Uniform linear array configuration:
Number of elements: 16
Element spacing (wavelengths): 0.75
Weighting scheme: hamming
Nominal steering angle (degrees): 15
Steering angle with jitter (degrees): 15.286
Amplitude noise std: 0.05
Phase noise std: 0.05

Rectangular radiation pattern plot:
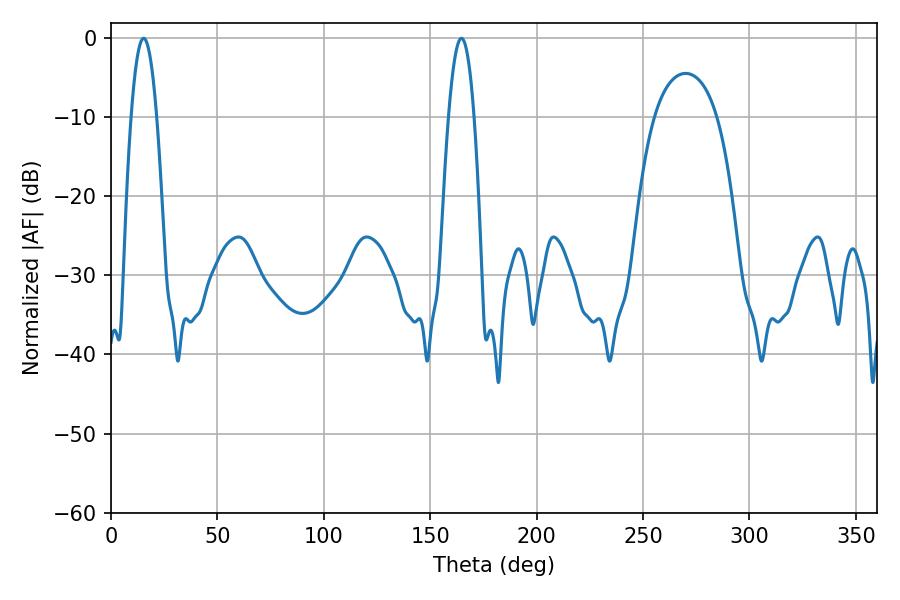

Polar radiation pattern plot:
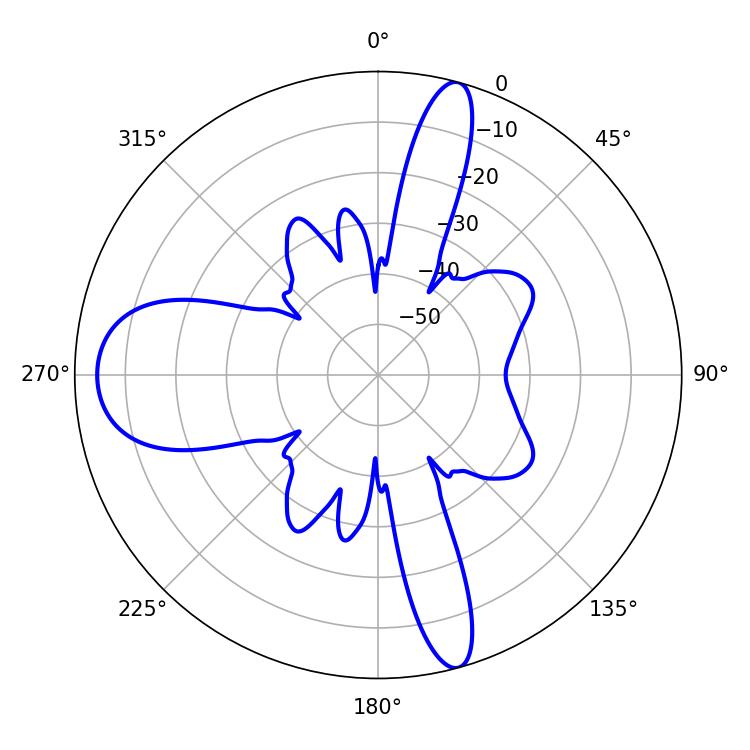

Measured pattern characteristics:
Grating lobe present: TRUE
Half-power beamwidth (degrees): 6.66
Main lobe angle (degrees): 15.3